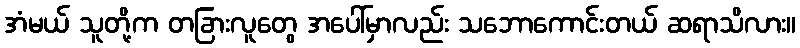
အံမယ် သူတို့က တခြားလူတွေ အပေါ်မှာလည်း သဘောကောင်းတယ် ဆရာသိလား။